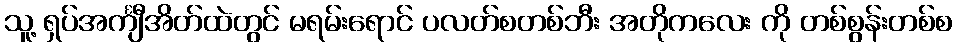
သူ့ ရှပ်အင်္ကျီအိတ်ထဲတွင် မရမ်းရောင် ပလတ်စတစ်ဘီး အတိုကလေး ကို တစ်စွန်းတစ်စ